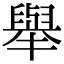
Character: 舉